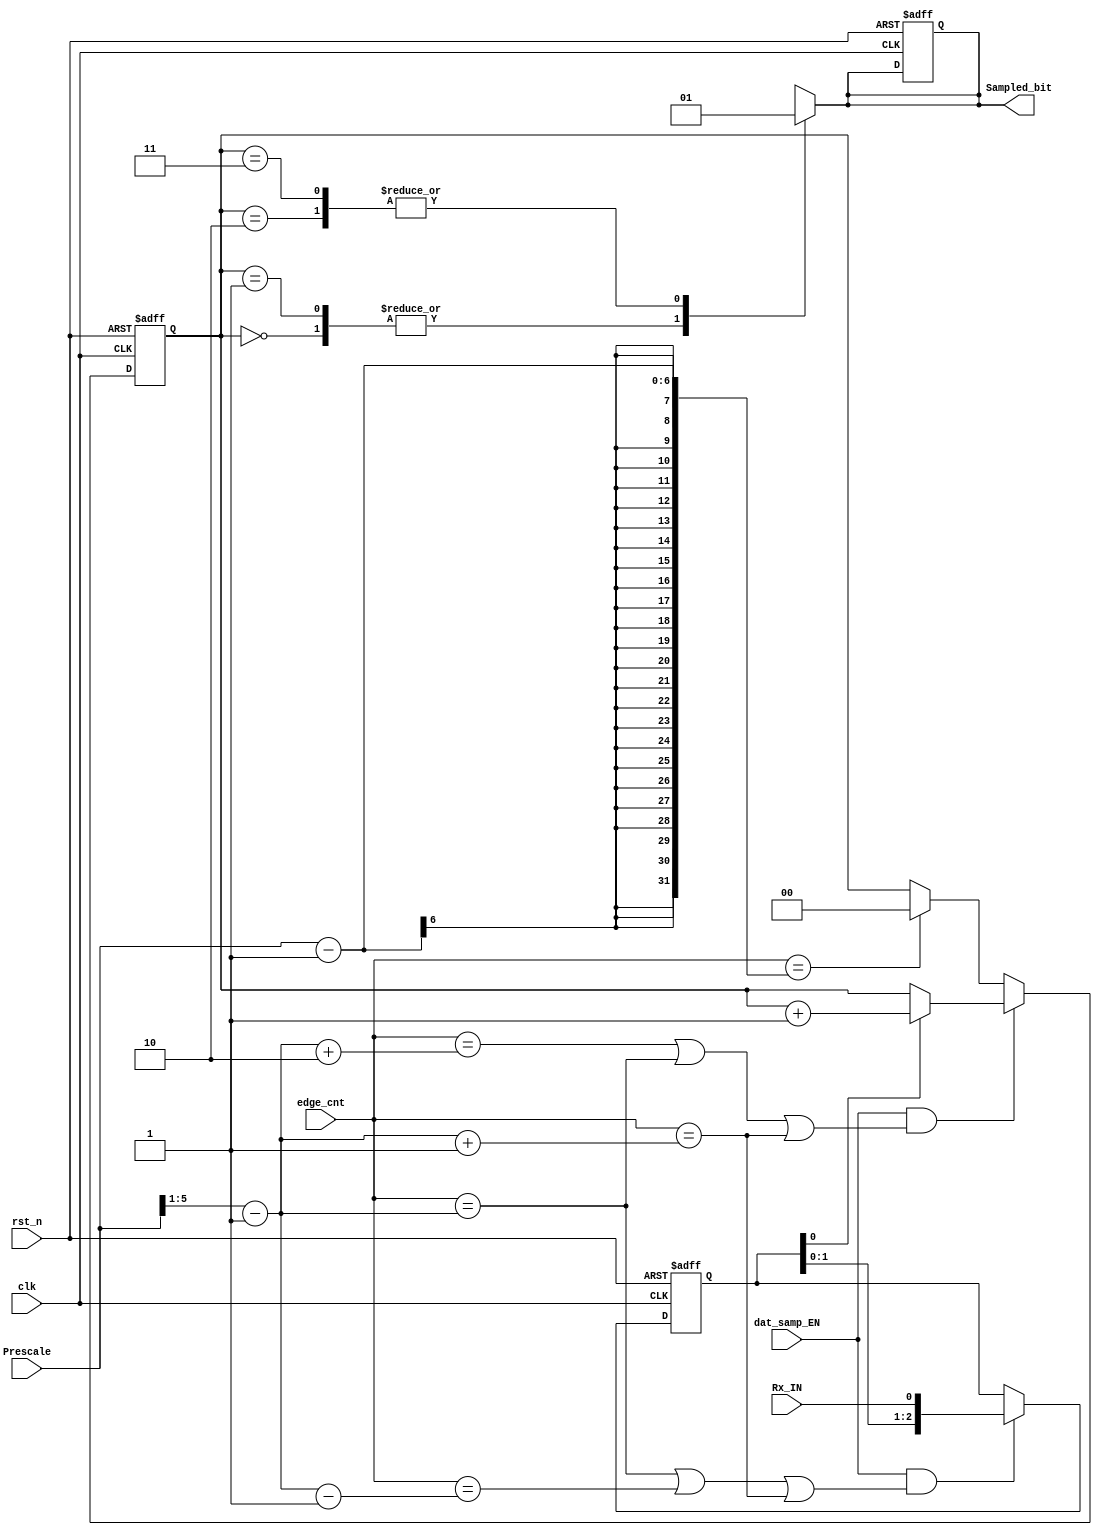
module DataSampling (
	input wire                              clk,
	input wire                              rst_n,
	input wire                              Rx_IN,       //serial input
	input wire                              dat_samp_EN, //Data Sample enable
	input wire                        [5:0] edge_cnt,  // edge counter -> number of edges , if equal prescale -1 , 
	                                                   //                  1 bit has been transmitted
	input wire                        [5:0] Prescale,
	output reg                              Sampled_bit
);


           
reg [2:0]  samples;     
reg [1:0]  ones_counter;  
 
wire req_Edges, final_value, rst_OnesCounter;
wire [5:0] Middle_Sample, Left_Sample, Right_Sample, final_Sample;   

assign Middle_Sample = (Prescale >> 1)-1;
assign Left_Sample   = (Middle_Sample - 1);
assign Right_Sample  = (Middle_Sample + 1);
assign final_Sample  = (Middle_Sample + 2);

assign rst_OnesCounter = (edge_cnt == (Prescale - 1));

assign req_Edges   = (edge_cnt == Middle_Sample)|(edge_cnt == Left_Sample)|(edge_cnt == Right_Sample) ;    
assign final_value = (edge_cnt == final_Sample) |(edge_cnt == Middle_Sample)| (edge_cnt == Right_Sample);
  
    always @(posedge clk or negedge rst_n) begin
    if (~rst_n) begin
        samples <= 0;
        end
    else if (dat_samp_EN & req_Edges) begin
        samples <= {samples[1:0], Rx_IN};
    end    
    end


    always @(posedge clk or negedge rst_n) begin : OnesCounter
        if (~rst_n) begin
            Sampled_bit  <= 0;
            ones_counter <= 0; 
        end
        else if (dat_samp_EN & final_value) begin
            if (samples[0]) begin
                ones_counter <= ones_counter + 1;
            end               
        end
        else if (rst_OnesCounter) begin
           ones_counter <= 0; 
        end
    end
    
    always @(*) begin : MUX_BLOCK //TODO: Check if output needs to be regestered
        case (ones_counter)
            'b00: Sampled_bit = 0;
            'b01: Sampled_bit = 0;
            'b10: Sampled_bit = 1;
            'b11: Sampled_bit = 1;
        endcase
    end

	
endmodule